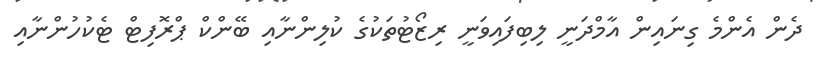
ދެން އެންމެ ގިނައިން އާމްދަނީ ލިބިފައިވަނީ ރިޒޯޓުތަކުގެ ކުލިންނާއި ބޭންކް ޕްރޮފިޓް ޓެކުހުންނާއި